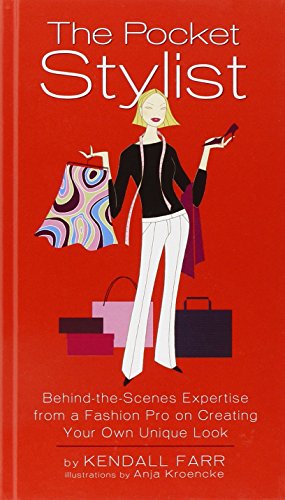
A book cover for The Pocket Stylist: Behind-the-Scenes Expertise from a Fashion Pro on Creating Your Own Look; Kendall Farr; Health, Fitness & Dieting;